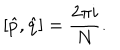
[ \hat { p } , \hat { q } ] = \frac { 2 \pi i } { N } .